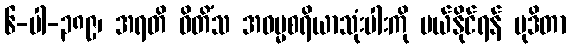
၆-ပါ-၃၈၉၊ အရတိ ဝိတိံသ အဓမ္မစရိယာသုံးပါးကို ပယ်နိုင်ရန် မုဒိတာ